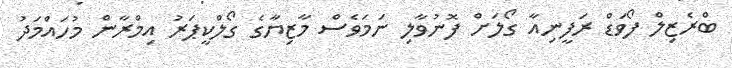
ބްރެޒިލް ފޯވަޑް ރަފީނިއާ ގޯލަށް ފޮނުވާލި ނަމަވެސް މާޒިޔާގެ ގޯލްކީޕަރު އިމްރާން މުހައްމަދު